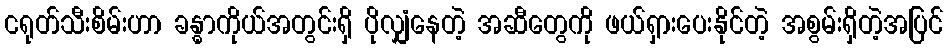
ငရုတ်သီးစိမ်းဟာ ခန္ဓာကိုယ်အတွင်းရှိ ပိုလျှံနေတဲ့ အဆီတွေကို ဖယ်ရှားပေးနိုင်တဲ့ အစွမ်းရှိတဲ့အပြင်